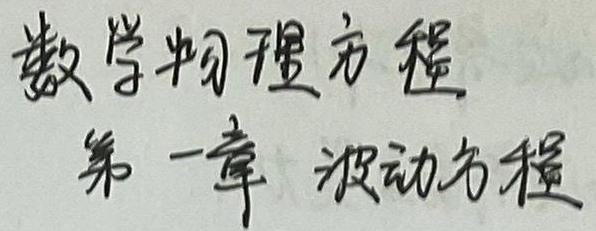
数学物理方程
第一章 波动方程